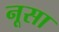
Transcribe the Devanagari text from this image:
नूसा